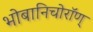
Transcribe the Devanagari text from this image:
भोबानिचोरॉण्